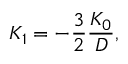
K _ { 1 } = - \frac { 3 } { 2 } \frac { K _ { 0 } } { D } ,